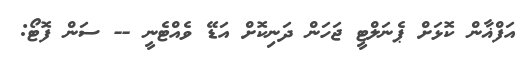
އަފްޣާން ކޮޅަށް ޕެނަލްޓީ ޖަހަން ދަނިކޮށް އަޑޭ ވެއްޓެނީ -- ސަން ފޮޓޯ: